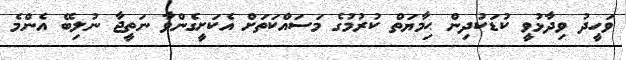
ވަހީދު ވިދާޅުވީ ކުޑަކުދިން ޙިމާޔަތް ކުރުމުގެ މަސައްކަތަށް އެކަށީގެންވާ ނަތީޖާ ނުލިބޭ އެންމެ